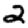
Digit: 2